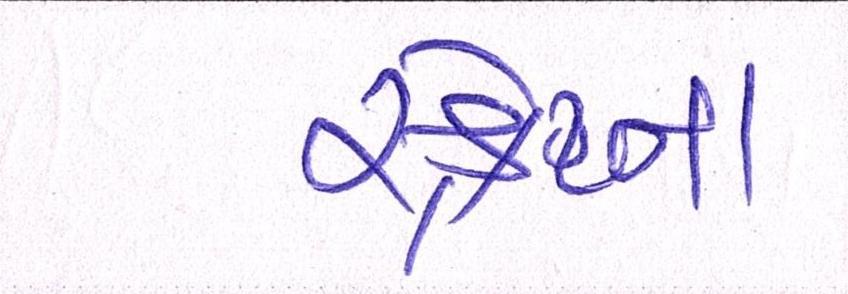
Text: સ્ક્રેપ્ના